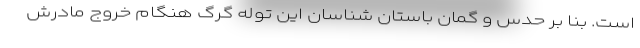
است. بنا بر حدس و گمان باستان شناسان این توله گرگ هنگام خروج مادرش